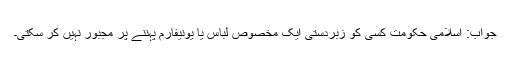
جواب: اسلامی حکومت کسی کو زبردستی ایک مخصوص لباس یا یونیفارم پہننے پر مجبور نہیں کر سکتی۔